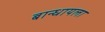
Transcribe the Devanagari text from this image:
बान्धायला